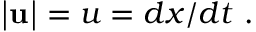
\mathbf { | u | } = u = d x / d t \ .